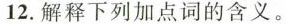
12.解释下列加点词的含义。